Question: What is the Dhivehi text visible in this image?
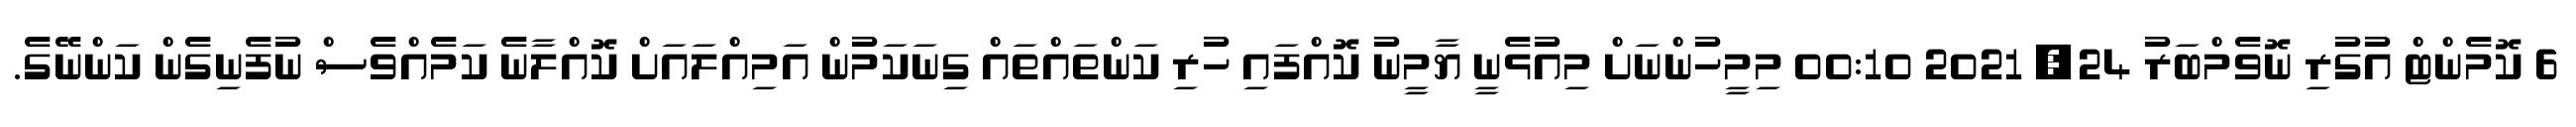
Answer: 6 ކޮމެންޓް އުގުރި ނޮވެމްބަރު 24, 2021 00:10 މިމީހުންނަށް މިއުޅެނީ ޔާމީނު ކޮއްފައި ހުރި ކަންތައްތައް ގިނަކަމުން އަމިއްލައަށް ކޮއްލާނެ ކަމެއްވެސް ނުފެނިގެން ކަންނޭގެ.